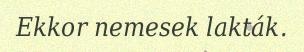
Ekkor nemesek lakták.